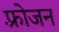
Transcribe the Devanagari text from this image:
फ़्रोजन